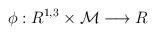
LaTeX: \begin{align*}\phi : R^{1,3} \times {\cal M} \longrightarrow R\end{align*}